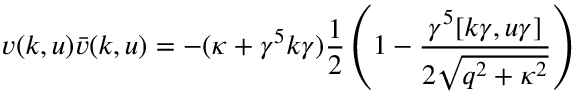
v ( k , u ) \bar { v } ( k , u ) = - ( \kappa + \gamma ^ { 5 } k \gamma ) \frac { 1 } { 2 } \left( 1 - \frac { \gamma ^ { 5 } [ k \gamma , u \gamma ] } { 2 \sqrt { q ^ { 2 } + \kappa ^ { 2 } } } \right)